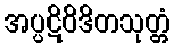
အပ္ပဋိဝိဒိတသုတ္တံ